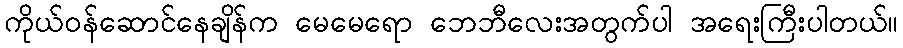
ကိုယ်ဝန်ဆောင်နေချိန်က မေမေရော ဘေဘီလေးအတွက်ပါ အရေးကြီးပါတယ်။